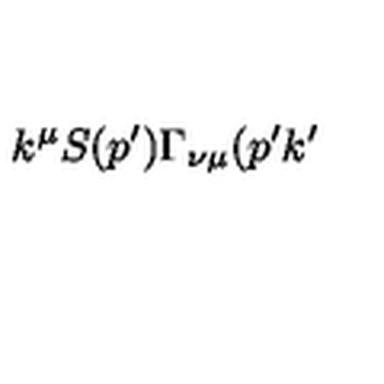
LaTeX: k ^ { \mu } S ( p ^ { \prime } ) \Gamma _ { \nu \mu } ( p ^ { \prime } k ^ { \prime }